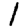
Digit: 1